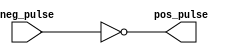
`timescale 1ns / 1ps


module inverter(
input neg_pulse,
 output wire pos_pulse
    );
    
 assign pos_pulse = ~neg_pulse;

endmodule